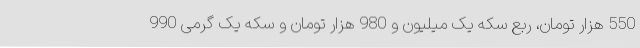
550 هزار تومان، ربع سکه یک میلیون و 980 هزار تومان و سکه یک گرمی 990